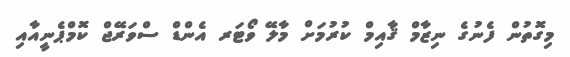
މިގޮތުން ފެނުގެ ނިޒާމް ޤާއިމް ކުރުމަށް މާލޭ ވޯޓަރ އެންޑް ސްވަރޭޖް ކޮމްޕެނީއާއި